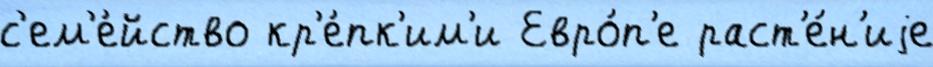
с'ем'е́йство кр'е́пк'им'и Евро́п'е раст'е́н'иjе